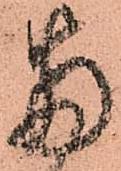
両